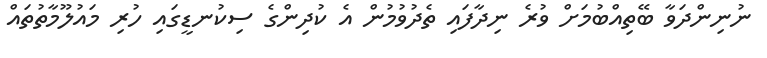
ނުނިންދަވާ ބޭތިއްބުމަށް ވުރެ ނިދާފައި ތެދުވުމުން އެ ކުދިންގެ ސިކުނޑީގައި ހުރި މައުލޫމާތުތައް